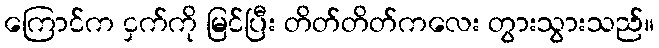
ကြောင်က ငှက်ကို မြင်ပြီး တိတ်တိတ်ကလေး တွားသွားသည်။